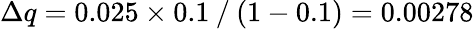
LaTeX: \Delta q=0.025\times 0.1⁄(1-0.1)=0.00278